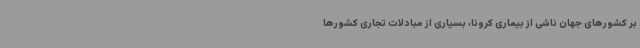
بر کشورهای جهان ناشی از بیماری کرونا، بسیاری از مبادلات تجاری کشورها